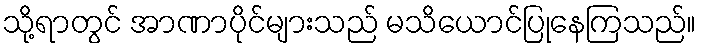
သို့ရာတွင် အာဏာပိုင်များသည် မသိယောင်ပြုနေကြသည်။